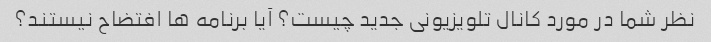
نظر شما در مورد کانال تلویزیونی جدید چیست؟ آیا برنامه ها افتضاح نیستند؟